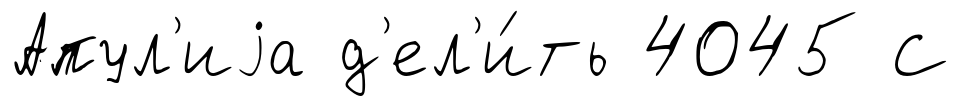
Апул'иjа д'ел'и́ть 4045 С